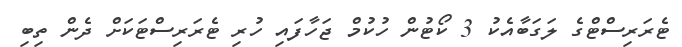
ޓެރަރިސްޓްގެ ލަގަބާއެކު 3 ކޯޓުން ހުކުމް ޖަހާފައި ހުރި ޓެރަރިސްޓަކަށް ދެން ތިބި